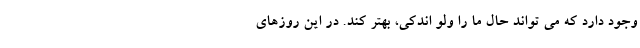
وجود دارد که می تواند حال ما را ولو اندکی، بهتر کند. در این روزهای